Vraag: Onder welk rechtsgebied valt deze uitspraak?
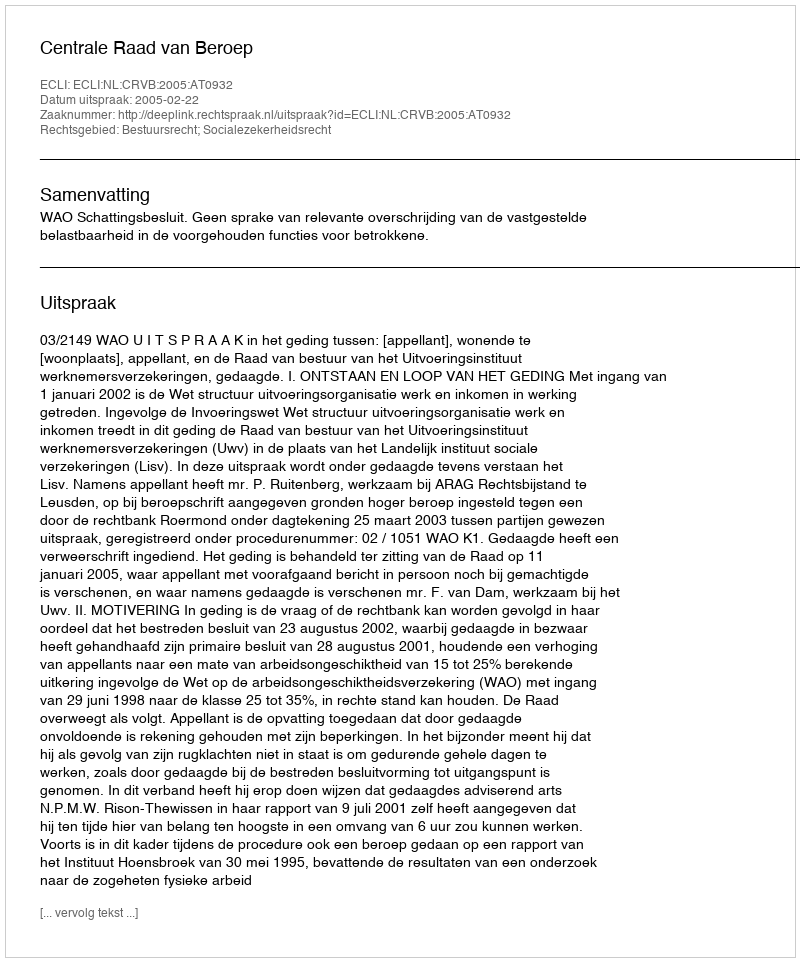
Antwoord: Bestuursrecht; Socialezekerheidsrecht